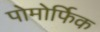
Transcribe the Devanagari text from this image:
पोमोर्फिक